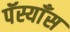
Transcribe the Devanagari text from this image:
पॅस्याँस